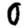
Digit: 0